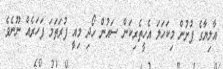
އާލިޔާގެ ފުށުން މިކަހަލަ އެހީތެރިކަން ސައުން ހޯދި މިއީ ފުރަތަމަ ފަހަރެއް ނޫނެވެ.